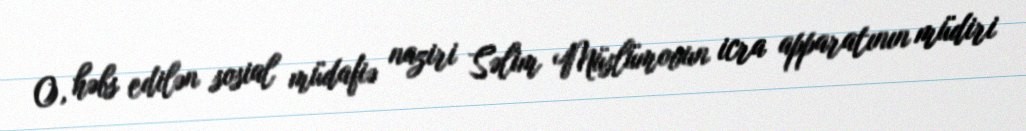
O, həbs edilən sosial müdafiə naziri Səlim Müslümovun icra apparatının müdiri